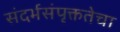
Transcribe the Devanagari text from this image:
संदर्भसंपृक्ततेचा